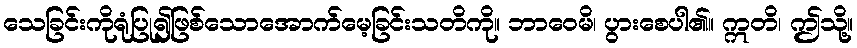
သေခြင်းကိုရုံပြု၍ဖြစ်သောအောက်မေ့ခြင်းသတိကို။ ဘာဝေမိ၊ ပွားစေပါ၏။ ဣတိ၊ ဤသို့။